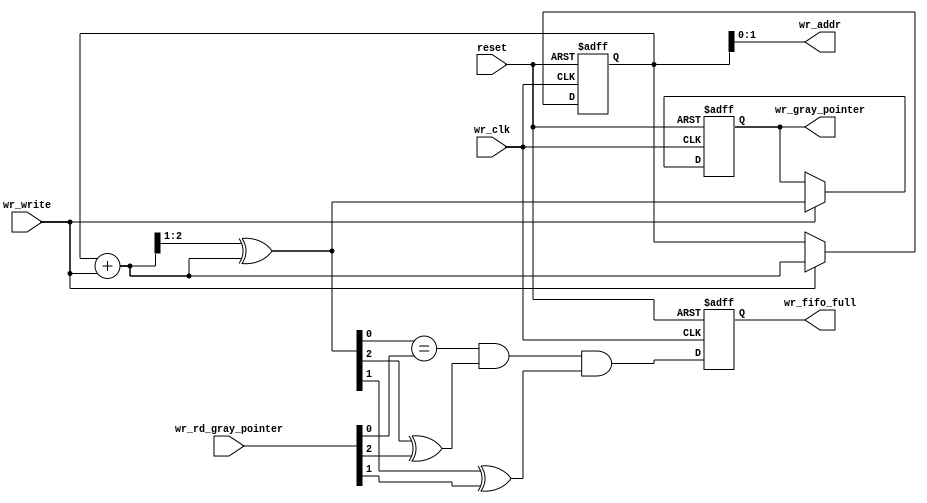
/*
  Copyright (C) 2013 Adapteva, Inc.
  Contributed by Andreas Olofsson, Roman Trogan <support@adapteva.com>

  This program is free software: you can redistribute it and/or modify
  it under the terms of the GNU General Public License as published by
  the Free Software Foundation, either version 3 of the License, or
  (at your option) any later version.

  This program is distributed in the hope that it will be useful,
  but WITHOUT ANY WARRANTY; without even the implied warranty of
  MERCHANTABILITY or FITNESS FOR A PARTICULAR PURPOSE.  See the
  GNU General Public License for more details.

  You should have received a copy of the GNU General Public License
  along with this program (see the file COPYING).  If not, see
  <http://www.gnu.org/licenses/>.
*/
module fifo_full_block (/*AUTOARG*/
   // Outputs
   wr_fifo_full, wr_addr, wr_gray_pointer,
   // Inputs
   reset, wr_clk, wr_rd_gray_pointer, wr_write
   );

   parameter AW   = 2; // Number of bits to access all the entries 

   //##########
   //# INPUTS
   //##########
   input           reset;
   input           wr_clk;

   input [AW:0]    wr_rd_gray_pointer;//synced from read domain
   input           wr_write;
   
   //###########
   //# OUTPUTS
   //###########
   output           wr_fifo_full;
   output [AW-1:0]  wr_addr;
   output [AW:0]    wr_gray_pointer;//for read domain

   //#########
   //# REGS
   //#########
   reg [AW:0]      wr_gray_pointer;
   reg [AW:0]      wr_binary_pointer;
   reg             wr_fifo_full;

   //##########
   //# WIRES
   //##########
   wire            wr_fifo_full_next;
   wire [AW:0]     wr_gray_next;
   wire [AW:0]     wr_binary_next;
   
   //Counter States
   always @(posedge wr_clk or posedge reset)
     if(reset)
       begin
	  wr_binary_pointer[AW:0]     <= {(AW+1){1'b0}};
	  wr_gray_pointer[AW:0]       <= {(AW+1){1'b0}};
       end
     else if(wr_write)
       begin
	  wr_binary_pointer[AW:0]     <= wr_binary_next[AW:0];	  
	  wr_gray_pointer[AW:0]       <= wr_gray_next[AW:0];	  
       end

   //Write Address
   assign wr_addr[AW-1:0]       = wr_binary_pointer[AW-1:0];

   //Updating binary pointer
   assign wr_binary_next[AW:0]  = wr_binary_pointer[AW:0] + 
				  {{(AW){1'b0}},wr_write};

   //Gray Pointer Conversion (for more reliable synchronization)!
   assign wr_gray_next[AW:0]    = {1'b0,wr_binary_next[AW:1]} ^ 
				  wr_binary_next[AW:0];

   //FIFO full indication
   assign wr_fifo_full_next =
			 (wr_gray_next[AW-2:0] == wr_rd_gray_pointer[AW-2:0]) &
			 (wr_gray_next[AW]     ^  wr_rd_gray_pointer[AW])     &
			 (wr_gray_next[AW-1]   ^  wr_rd_gray_pointer[AW-1]);

   always @ (posedge wr_clk or posedge reset)
     if(reset)
       wr_fifo_full <= 1'b0;
     else
       wr_fifo_full <=wr_fifo_full_next;


endmodule // fifo_full_block